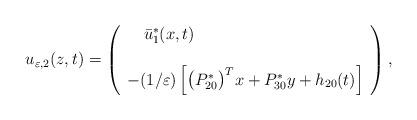
LaTeX: \begin{align*} u_{\varepsilon, 2}(z,t) = \left(\begin{array}{l}\ \ \ \bar{u}_{1}^{\ast }(x,t) \\\\- (1/\varepsilon)\left[\big(P_{20}^{*}\big)^{T}x+P_{30}^{*}y+h_{2 0}(t)\right]\end{array}\right),\end{align*}